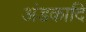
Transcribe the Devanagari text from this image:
अंडकादि